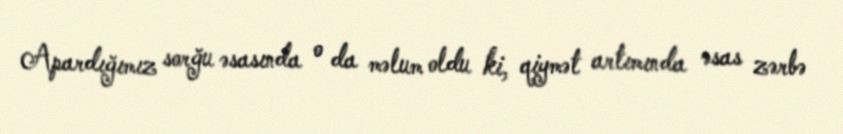
Apardığımız sorğu əsasında o da məlum oldu ki, qiymət artımında əsas zərbə